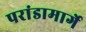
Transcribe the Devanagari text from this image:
परांडामार्गे